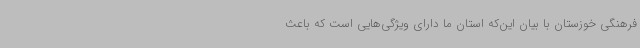
فرهنگی خوزستان با بیان این‌که استان ما دارای ویژگی‌هایی است که باعث